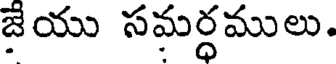
జేయు సమర్ధములు.